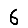
Digit: 6